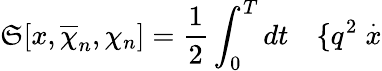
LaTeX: \mathfrak{S}[x,\overline{{{{\chi}}}}_{n},\chi_{n}]=\frac{1}{2}\int_{0}^{T}dt\quad\{ q^{2}\stackrel{.}{x}